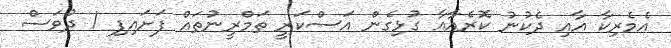
އެމެރިކާ އާއި ދެކުނު ކޮރެއާއާ ގުޅިގެން އަސްކަރީ ތަމްރީނުތައް ފަށައިފި 1 ދުވަސް